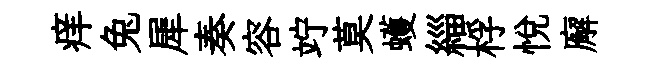
痒兔犀奏容竚莫蠖緇桴悦廨